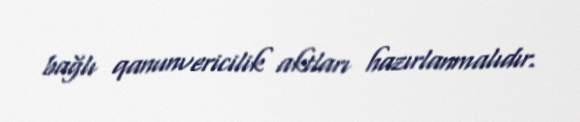
bağlı qanunvericilik aktları hazırlanmalıdır.